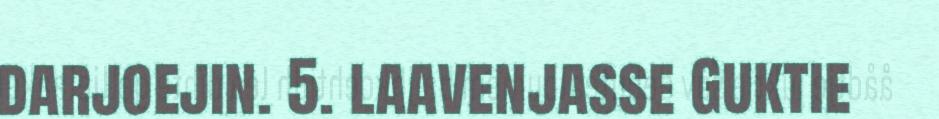
darjoejin. 5. laavenjasse Guktie